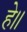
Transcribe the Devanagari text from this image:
हे॥